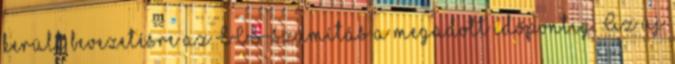
került bevezetésre az ÉCS-számítás a megadott időpontig. Az új